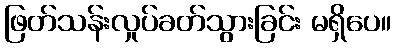
ဖြတ်သန်းလှုပ်ခတ်သွားခြင်း မရှိပေ။